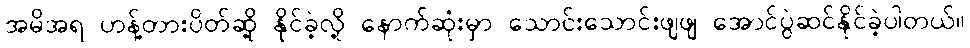
အမိအရ ဟန့်တားပိတ်ဆို့ နိုင်ခဲ့လို့ နောက်ဆုံးမှာ သောင်းသောင်းဖျဖျ အောင်ပွဲဆင်နိုင်ခဲ့ပါတယ်။